Vaccination in Bombay 1889-1901 - 1889-1901
Year: 1889
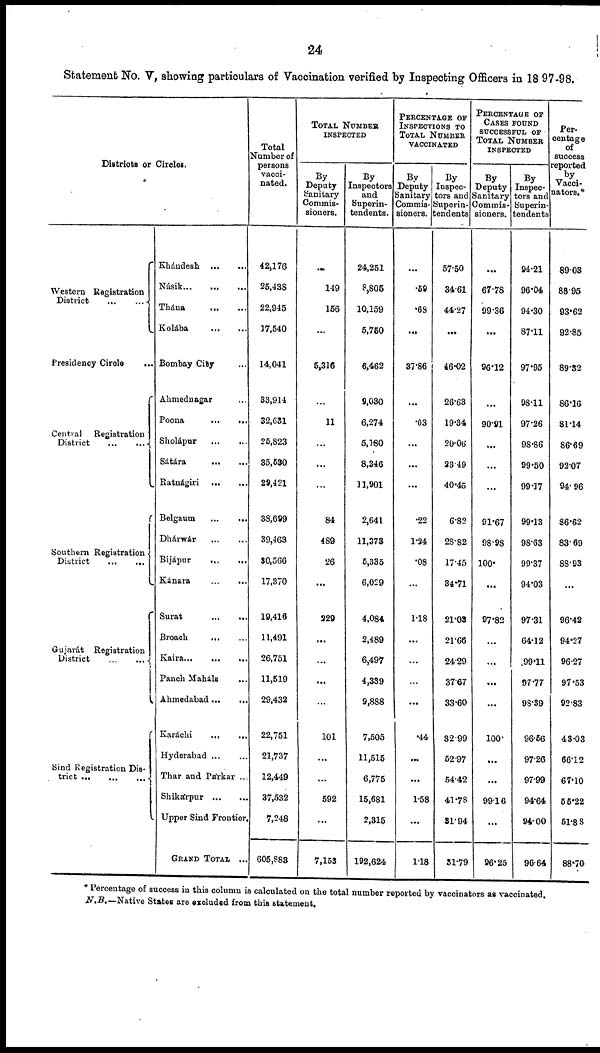
24
Statement No. V, showing particulars of Vaccination verified by Inspecting Officers in 1897-98.
Districts or Circles.
Western Registration
District
...
...
Presidency Circle
...
Central Registration
District
...
...
Southern Registration
District
...
...
Gujarát Registration
District
...
...
Sind Registration Dis¬
trict
...
...
...
Khándesh
...
...
Násik ... ...
Thána ... ...
Kolába
...
...
Bombay City ...
Ahmednagar ...
Poona ... ...
Sholápur
...
...
Sátára ... ...
Ratnágiri
...
...
Belgaum ... ...
Dhárwár
...
...
Bijápur
...
...
Kánara ... ...
Surat
...
...
Broach
...
...
Kaira ... ...
Panch Maháls ...
Ahmedabad ... ...
Karáchi
...
...
Hyderabad ... ...
Thar and Párkar ..
Shikárpur
...
...
Upper Sind Frontier .
GRAND TOTAL ..
Total
Number of
persons
vacci-
nated.
42,176
25,438
22,945
17,540
14,041
33,914
32,631
25,823
35,530
29,421
38,699
39,463
30,566
17,370
19,416
11,491
26,751
11,519
29,432
22,751
21,737
12,449
37,532
7,248
605,883
TOTAL NUMBER
INSPECTED
By
Deputy
Sanitary
Commis-
sioners.
...
149
156
...
5,316
...
11
...
...
...
84
489
26
...
229
...
...
...
...
101
...
...
592
...
7,153
By
Inspectors
and
Superin¬
tendents.
24,251
8,805
10,159
5,760
6,462
9,030
6,274
5,180
8,346
11,901
2,641
11,373
5,335
6,029
4,084
2,489
6,497
4,339
9,888
7,505
11,515
6,775
15,681
2,315
192,624
PERCENTAGE OF
INSPECTIONS TO
TOTAL NUMBER
VACCINATED
By
Deputy
Sanitary
Commis¬
sioners.
...
.59
.68
...
37.86
...
.03
...
...
...
.22
1.24
.08
...
1.18
...
...
...
...
.44
...
...
1.58
...
1.18
By
Inspec¬
tors and
Superin¬
tendents
57.50
34.61
44.27
...
46.02
26.63
19.34
20.06
23.49
40.45
6.82
28.82
17.45
34.71
21.03
21.66
24.29
37.67
33.60
32.99
52.97
54.42
41.78
31.94
31.79
PERCENTAGE OF
CASES FOUND
SUCCESSFUL OF
TOTAL NUMBER
INSPECTED
Deputy
Sanitary
Commis-
sioners.
...
67.78
99.36
...
96.12
...
90.91
...
...
...
91.67
98.98
100
...
97.82
...
...
...
...
100
...
...
99.16
...
96.25
By
Inspec-
tors and
Superin-
tendents
94.21
96.04
94.30
87.11
97.95
98.11
97.26
98.86
99.50
99.17
99.13
98.63
99.37
94.03
97.31
64.12
99.11
97.77
98.39
96.56
97.26
97.99
94.64
94.00
96.64
Per¬
centage
of
success
reported
by
Vacci¬
nators.*
89.03
88.95
93.62
92.85
89.32
86.16
81.14
86.69
92.07
94.96
86.62
83.69
88.93
...
96.42
94.27
96.27
97.53
92.83
43.03
66.12
67.10
55.22
51.88
88.70
* Percentage of success in this column is calculated on the total number reported by vaccinators as vaccinated.
N.B.— Native States are excluded from this statement.